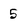
Character: 5